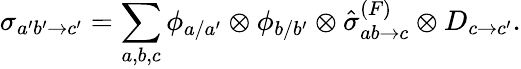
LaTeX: \sigma_{a^{\prime}b^{\prime}\rightarrow c^{\prime}}=\sum_{a,b,c}\phi_{a/a^{\prime}}\otimes\phi_{b/b^{\prime}}\otimes\hat{\sigma}_{ab\rightarrow c}^{(F)}\otimes D_{c\rightarrow c^{\prime}}.